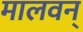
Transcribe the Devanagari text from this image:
मालवन्